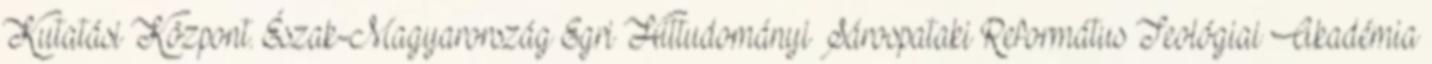
Kutatási Központ. Észak-Magyarország Egri Hittudományi Sárospataki Református Teológiai Akadémia